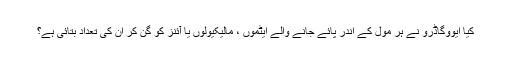
کیا ایووگاڈرو نے ہر مول کے اندر پائے جانے والے ایٹموں ، مالیکیولوں یا آئنز کو گن کر ان کی تعداد بتائی ہے؟